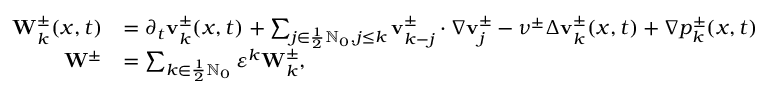
\begin{array} { r l } { \mathbf { W } _ { k } ^ { \pm } ( x , t ) } & { = \partial _ { t } \mathbf { v } _ { k } ^ { \pm } ( x , t ) + \sum _ { j \in \frac 1 2 \ensuremath { \mathbb { N } } _ { 0 } , j \leq k } \mathbf { v } _ { k - j } ^ { \pm } \cdot \nabla \mathbf { v } _ { j } ^ { \pm } - \nu ^ { \pm } \Delta \mathbf { v } _ { k } ^ { \pm } ( x , t ) + \nabla p _ { k } ^ { \pm } ( x , t ) } \\ { \mathbf { W } ^ { \pm } } & { = \sum _ { k \in \frac 1 2 \ensuremath { \mathbb { N } } _ { 0 } } \ensuremath { \varepsilon } ^ { k } \mathbf { W } _ { k } ^ { \pm } , } \end{array}